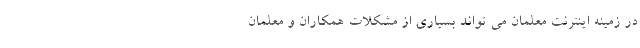
در زمینه اینترنت معلمان می تواند بسیاری از مشکلات همکاران و معلمان